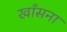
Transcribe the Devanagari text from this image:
खाँसना